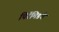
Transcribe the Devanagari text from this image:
पिरॅमिडचे